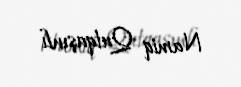
Namiq Qutqaşınlı